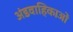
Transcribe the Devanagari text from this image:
अंडवाहिकाओं